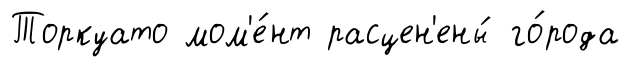
Торкуато мом'е́нт расцен'ены́ го́рода